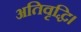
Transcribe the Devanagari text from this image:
अतिवृद्धि।